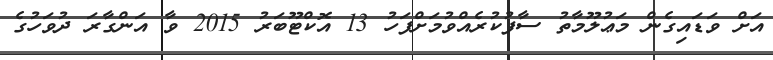
އަށް ވަޑައިގެން މަޢުލޫމާތު ސާފުކުރެއްވުމަށްފަހު 13 އޮކްޓޫބަރު 2015 ވާ އަންގާރަ ދުވަހުގެ